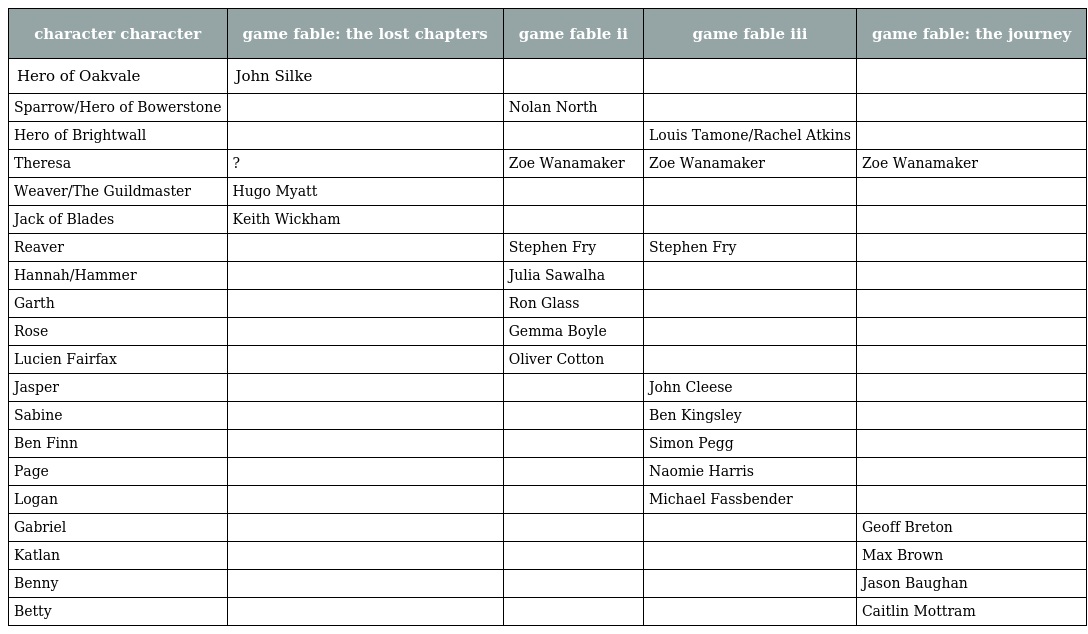
| character character | game fable: the lost chapters | game fable ii | game fable iii | game fable: the journey |
 | --- | --- | --- | --- | --- |
 | Hero of Oakvale | John Silke |  |  |  |
 | Sparrow/Hero of Bowerstone |  | Nolan North |  |  |
 | Hero of Brightwall |  |  | Louis Tamone/Rachel Atkins |  |
 | Theresa | ? | Zoe Wanamaker | Zoe Wanamaker | Zoe Wanamaker |
 | Weaver/The Guildmaster | Hugo Myatt |  |  |  |
 | Jack of Blades | Keith Wickham |  |  |  |
 | Reaver |  | Stephen Fry | Stephen Fry |  |
 | Hannah/Hammer |  | Julia Sawalha |  |  |
 | Garth |  | Ron Glass |  |  |
 | Rose |  | Gemma Boyle |  |  |
 | Lucien Fairfax |  | Oliver Cotton |  |  |
 | Jasper |  |  | John Cleese |  |
 | Sabine |  |  | Ben Kingsley |  |
 | Ben Finn |  |  | Simon Pegg |  |
 | Page |  |  | Naomie Harris |  |
 | Logan |  |  | Michael Fassbender |  |
 | Gabriel |  |  |  | Geoff Breton |
 | Katlan |  |  |  | Max Brown |
 | Benny |  |  |  | Jason Baughan |
 | Betty |  |  |  | Caitlin Mottram |